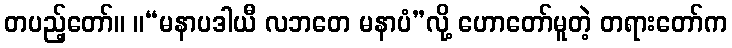
တပည့်တော်။ ။“မနာပဒါယီ လဘတေ မနာပံ”လို့ ဟောတော်မူတဲ့ တရားတော်က